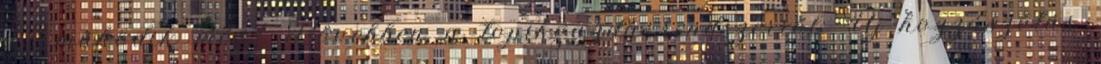
az működik még? Bővebben a topikgazda rendszerről. Új hozzászólás